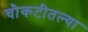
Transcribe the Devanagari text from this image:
चौकटीतल्या